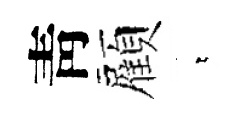
靑顏萋